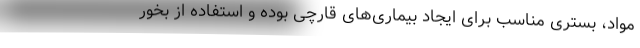
مواد، بستری مناسب برای ایجاد بیماری‌های قارچی بوده و استفاده از بخور